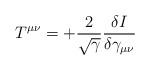
LaTeX: \begin{align*}T^{\mu\nu} = + \frac{2}{\sqrt{\gamma}} \frac{\delta I}{\delta \gamma_{\mu\nu}}\end{align*}